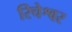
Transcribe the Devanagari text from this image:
रिचेश्वर